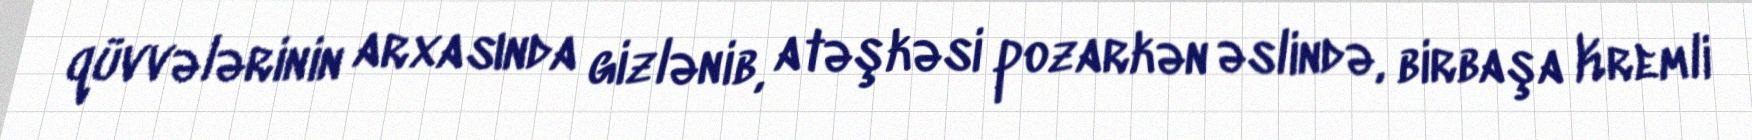
qüvvələrinin arxasında gizlənib, atəşkəsi pozarkən əslində, birbaşa Kremli